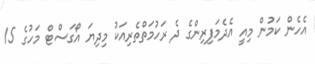
އެހެން ކަމުން މިއީ އެދެމަފިރިންގެ ދެ ރަހުމަތްތެރިއަކު މިދިޔަ އޯގަސްޓް މަހުގެ 15